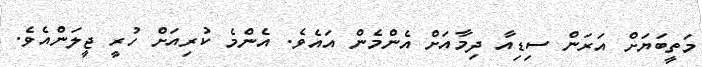
މަތީބަޔަށް އަރަން ސިޑިއާ ދިމާއަށް އެންމެން އައެވެ. އެންމެ ކުރިއަށް ހުރީ ޖީލަންއެވެ.